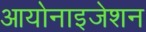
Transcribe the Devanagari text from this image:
आयोनाइजेशन